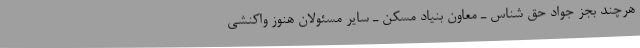
هرچند بجز جواد حق شناس ـ معاون بنیاد مسکن ـ سایر مسئولان هنوز واکنشی